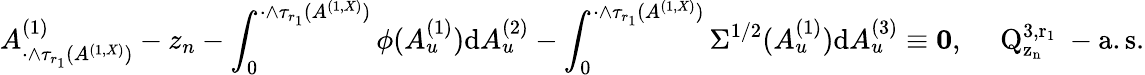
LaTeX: A_{\cdot\wedge\tau_{r_{1}}(A^{(1,X)})}^{(1)}-z_{n}-\int_{0}^{\cdot\wedge\tau_{r_{1}}(A^{(1,X)})}\phi(A_{u}^{(1)}){\mathrm d}A_{u}^{(2)}-\int_{0}^{\cdot\wedge\tau_{r_{1}}(A^{(1,X)})}\Sigma^{1/2}(A_{u}^{(1)}){\mathrm d}A_{u}^{(3)}\equiv\mathbf{0},\quad\mathrm{~Q_{z_n}^{3,r_1}~-a.s.}